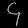
Digit: ၄